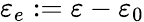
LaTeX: \mathbf{\varepsilon}_{e}:=\mathbf{\varepsilon}-\mathbf{\varepsilon}_{0}